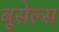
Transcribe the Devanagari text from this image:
बूसेल्स